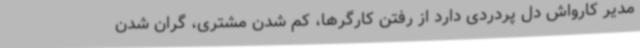
مدیر کارواش دل پردردی دارد از رفتن کارگرها، کم شدن مشتری، گران شدن